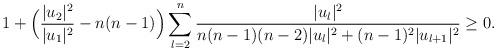
LaTeX: \begin{align*}1+\Big(\frac{|u_2|^2}{|u_1|^2}-n(n-1)\Big)\sum _{l=2}^n\frac{|u_l|^2}{n(n-1)(n-2)|u_l|^2+(n-1)^2|u_{l+1}|^2}\ge 0.\end{align*}